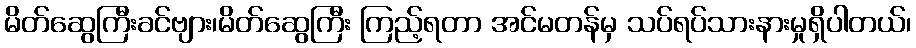
မိတ်ဆွေကြီးခင်ဗျား၊မိတ်ဆွေကြီး ကြည့်ရတာ အင်မတန်မှ သပ်ရပ်သားနားမှုရှိပါတယ်၊